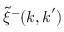
\tilde { \xi } ^ { - } ( \boldsymbol { k } , \boldsymbol { k } ^ { \prime } )